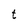
Character: t